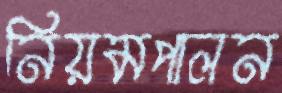
নিয়মপালন